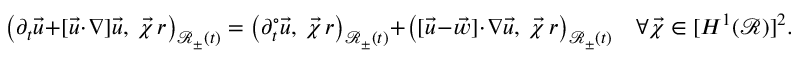
\bigl ( \partial _ { t } \vec { u } + [ \vec { u } \cdot \nabla ] \vec { u } , ~ \vec { \chi } \, r \bigr ) _ { \mathscr { R } _ { \pm } ( t ) } = \bigl ( \partial _ { t } ^ { \circ } \vec { u } , ~ \vec { \chi } \, r \bigr ) _ { \mathscr { R } _ { \pm } ( t ) } + \bigl ( [ \vec { u } - \vec { w } ] \cdot \nabla \vec { u } , ~ \vec { \chi } \, r \bigr ) _ { \mathscr { R } _ { \pm } ( t ) } \quad \forall \vec { \chi } \in [ H ^ { 1 } ( \mathscr { R } ) ] ^ { 2 } .